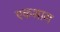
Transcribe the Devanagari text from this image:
एकभाग